Annual report of the Imperial Bacteriologist
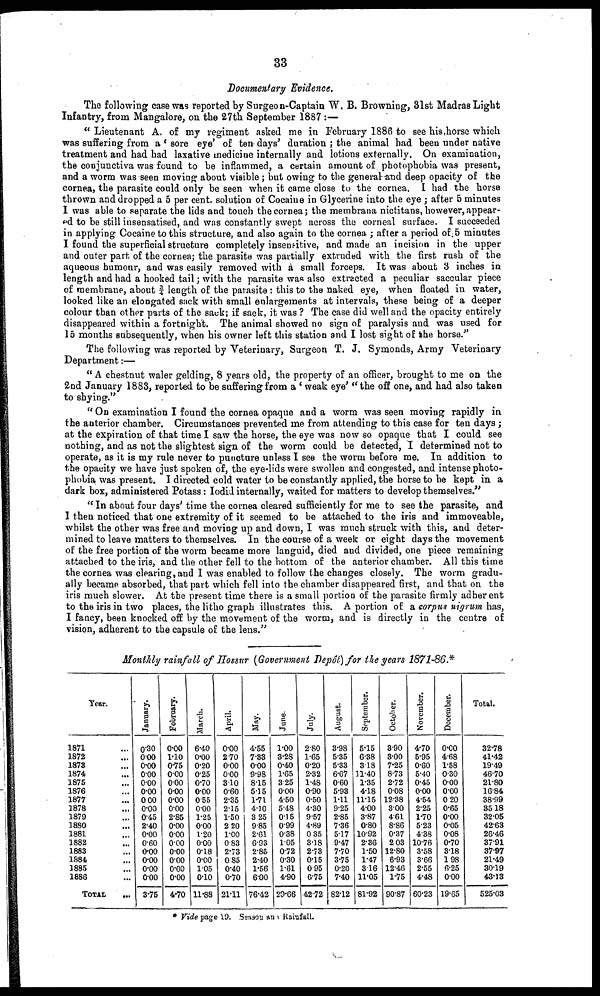
33
Documentary Evidence .
The following case was reported by Surgeon-Captain W. B. Browning, 31st Madras Light
Infantry, from Mangalore, on the 27th September 1887 :—
" Lieutenant A. of my regiment asked me in February 1886 to see his .horse which
was suffering from a ' sore eye' of ten days' duration ; the animal had been under native
treatment and had had laxative medicine internally and lotions externally. On examination,
the conjunctiva was found to be inflammed, a certain amount of photophobia was present,
and a worm was seen moving about visible; but owing to the general and deep opacity of the
cornea, the parasite could only be seen when it came close to the cornea. I had the horse
thrown and dropped a 5 per cent. solution of Cocaine in Glycerine into the eye ; after 5 minutes
I was able to separate the lids and touch the cornea; the membrana nictitans, however,appear-
ed to be still insensatised, and was constantly swept across the corneal surface. I succeeded
in applying Cocaine to this structure, and also again to the cornea ; after a period of 5 minutes
I found the superficial structure completely insensitive, and made an incision in the upper
and outer part of the cornea; the parasite was partially extruded with the first rush of the
aqueous humour, and was easily removed with a small forceps. It was about 3 inches in
length and had a hooked tail; with the parasite was also extracted a peculiar saccular piece
of membrane, about ¾ length of the parasite: this to the naked eye, when floated in water,
looked like an elongated sack with small enlargements at intervals, these being of a deeper
colour than other parts of the sack; if sack, it was ? The case did well and the opacity entirely
disappeared within a fortnight. The animal showed no sign of paralysis and was used for
15 months subsequently, when his owner left this station and I lost sight of the horse."
The following was reported by Veterinary, Surgeon T. J. Symonds, Army Veterinary
Department:—
" A chestnut waler gelding, 8 years old, the property of an officer, brought to me on the
2nd January 1883, reported to be suffering from a ' weak eye' " the off one, and had also taken
to shying."
" On examination I found the cornea opaque and a worm was seen moving rapidly in
the anterior chamber. Circumstances prevented me from attending to this case for ten days ;
at the expiration of that time I saw the horse, the eye was now so opaque that I could see
nothing, and as not the slightest sign of the worm could be detected, I determined not to
operate, as it is my rule never to puncture unless I see the worm before me. In addition to
the opacity we have just spoken of, the eye-lids were swollen and congested, and intense photo-
phobia was present. I directed cold water to be constantly applied, the horse to be kept in a
dark box, administered Potass: Iodid internally, waited for matters to develop themselves."
" In about four days' time the cornea cleared sufficiently for me to see the parasite, and
I then noticed that one extremity of it seemed to be attached to the iris and immoveable,
whilst the other was free and moving up and down, I was much struck with this, and deter-
mined to leave matters to themselves. In the course of a week or eight days the movement
of the free portion of the worm became more languid, died and divided, one piece remaining
attached to the iris, and the other fell to the bottom of the anterior chamber. All this time
the cornea was clearing, and I was enabled to follow the changes closely. The worm gradu-
ally became absorbed, that part which fell into the chamber disappeared first, and that on the
iris much slower. At the present time there is a small portion of the parasite firmly adherent
to the iris in two places, the litho graph illustrates this. A portion of a corpus nigrum has,
I fancy, been knocked off by the movement of the worm, and is directly in the centre of
vision, adherent to the capsule of the lens."
Monthly rainfall of Hossur (Government Depôt) for the years 1871-86.*
Year.
1871 ...
1872 ...
1873 ...
1874 ...
1875 ...
1876 ...
1877 ...
1878 ...
1879 ...
1880 ...
1881 ...
1882 ...
1883 ...
1884 ...
1885 ...
1886 ...
TOTAL ...
January.
0.30
0.00
0.00
0.00
0.00
0.00
0.00
0.00
0.45
2.40
0.00
0.60
0.00
0.00
0.00
0.00
3.75
February.
0.00
1.10
0.75
0.00
0.00
0.00
0.00
0.00
2.85
0.00
0.00
0.00
0.00
0.00
0.00
0.00
4.70
March.
6.40
0.00
0.20
0.25
0.70
0.00
0.55
0.00
1.25
0.00
1.20
0.00
0.18
0.00
1.05
0.10
11.88
April.
0.00
2.70
0.00
0.00
3.10
0.60
2.35
2.15
1.50
2 20
1.00
0.83
2.73
0.85
0.40
0.70
21.11
May.
4.55
7.33
0.00
9.98
8.15
5.15
1.71
4.10
3.25
9.85
2.61
6.93
2.85
2.40
1.56
6.00
76.42
June.
1.00
3.28
0.40
1.65
3.25
0.00
4.50
5.48
0.15
0.99
0.38
1.05
0.72
0.30
1.61
4.90
29.66
July.
2.80
1.65
0.20
2.32
1.48
0.90
0.50
4.30
9.57
4.89
0.35
3.18
2.73
0.15
0.95
6.75
42.72
August.
3.98
5.35
5.33
6.67
0.60
5.93
1.11
9.25
2.85
7.36
5.17
9.47
7.70
3.75
0.20
7.40
82.12
September
5.15
6.38
3.18
11.40
1.35
4.18
11.15
4.00
3.87
0.80
10.92
2.36
1.50
1.47
3.16
11.05
81.92
October
3.90
3.00
7.25
8.73
2.72
0.08
12.38
3.00
4.61
8.86
0.37
2.03
12.80
6.93
12.46
1.75
90.87
November.
4.70
5.95
0.60
5.40
0.45
0.00
4.54
2.25
1.70
5.23
4.38
10.76
3.58
3.66
2.55
4.48
60.23
December.
0.00
4.68
1.58
0.30
0.00
0.00
0.20
0.65
0.00
0.05
0.08
0.70
3.18
1.98
6.25
0.00
19.65
Total.
32.78
41.42
19.49
46.70
21.80
16.84
38.99
35.18
32.05
42.63
26.46
37.91
37.97
21.49
30.19
43.13
525.03
* Vide page 19. Season and Rainfull.